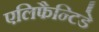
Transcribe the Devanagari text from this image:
एलिफैन्टिडे